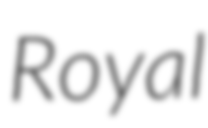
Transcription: Royal